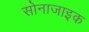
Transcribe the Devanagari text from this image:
सोनाजाइक